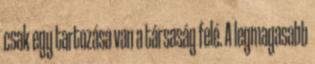
csak egy tartozása van a társaság felé. A legmagasabb